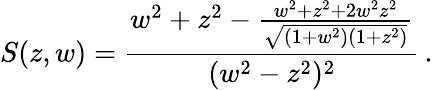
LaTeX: S(z,w)=\frac{w^{2}+z^{2}-\frac{w^{2}+z^{2}+2w^{2}z^{2}}{\sqrt{(1+w^{2})(1+z^{2})}}}{(w^{2}-z^{2})^{2}}\, .